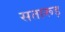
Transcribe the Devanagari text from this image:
सतारूड़